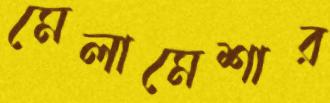
মেলামেশার